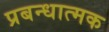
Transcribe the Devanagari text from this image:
प्रबन्धात्मक